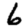
Digit: 6